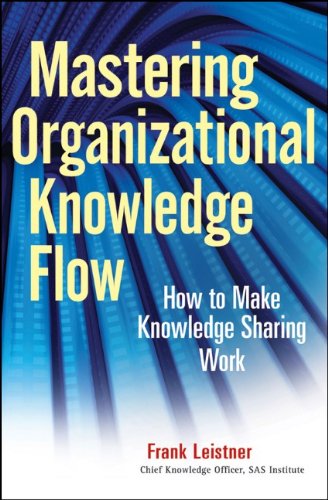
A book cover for Mastering Organizational Knowledge Flow: How to Make Knowledge Sharing Work; Frank Leistner; Business & Money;